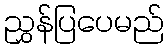
ညွှန်ပြပေမည်